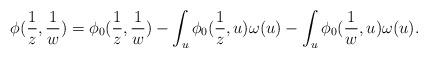
LaTeX: \begin{align*}\phi(\frac 1 z,\frac 1 w) &= \phi_0(\frac 1 z,\frac 1 w) - \int_u \phi_0(\frac 1 z,u) \omega(u) - \int_u \phi_0(\frac 1 w,u) \omega(u).\end{align*}